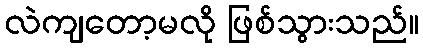
လဲကျတော့မလို ဖြစ်သွားသည်။